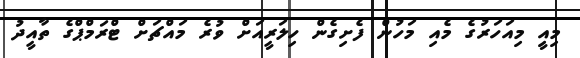
މިއިީ މިއަހަރުގެ މެއި މަހުން ފެށިގެން ހިލަރީއަށް ވުރެ މައްޗަށް ޓްރަމްޕްގެ ތާއީދު